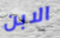
الابن